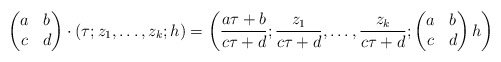
\begin{align*}\begin{pmatrix}a & b\\c & d\end{pmatrix}\cdot (\tau; z_1,\ldots ,z_k ; h)=\left( \frac{a\tau+b}{c\tau+d}; \frac{z_1}{c\tau+d}, \ldots , \frac{z_k}{c\tau+d} ; \begin{pmatrix} a & b \\ c & d \end{pmatrix} h\right)\end{align*}